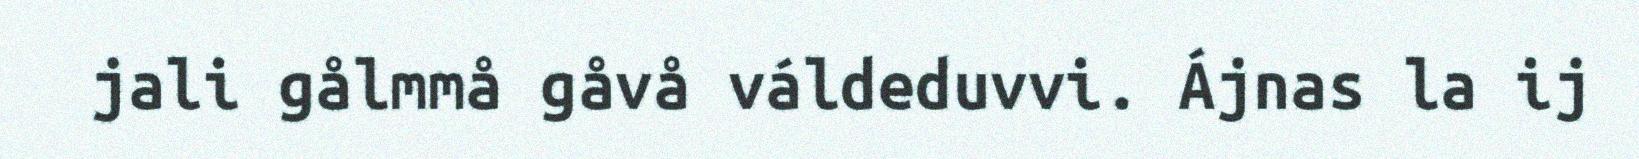
jali gålmmå gåvå váldeduvvi. Ájnas la ij